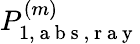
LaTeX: {P}_{1,\mathrm{~a~b~s~,~r~a~y~}}^{(m)}